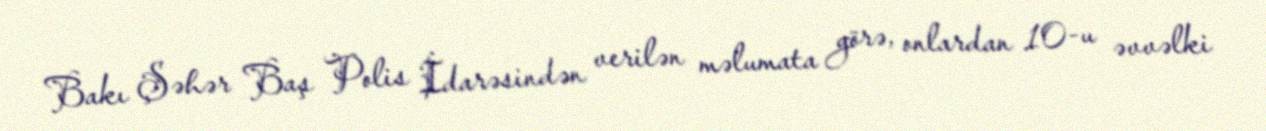
Bakı Şəhər Baş Polis İdarəsindən verilən məlumata görə, onlardan 10-u əvvəlki